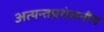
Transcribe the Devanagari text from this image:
अत्यन्तप्रशंसनीय